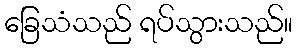
ခြေသံသည် ရပ်သွားသည်။